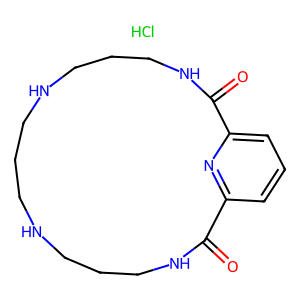
SMILES: Cl.O=C1NCCCNCCCNCCCNC(=O)c2cccc1n2
Inhibits HIV replication: No